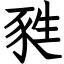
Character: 甤